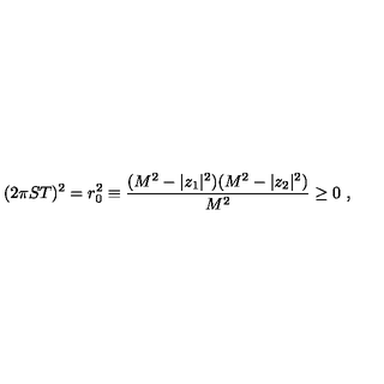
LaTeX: ( 2 \pi S T ) ^ { 2 } = r _ { 0 } ^ { 2 } \equiv { \frac { ( M ^ { 2 } - | z _ { 1 } | ^ { 2 } ) ( M ^ { 2 } - | z _ { 2 } | ^ { 2 } ) } { M ^ { 2 } } } \geq 0 \ ,